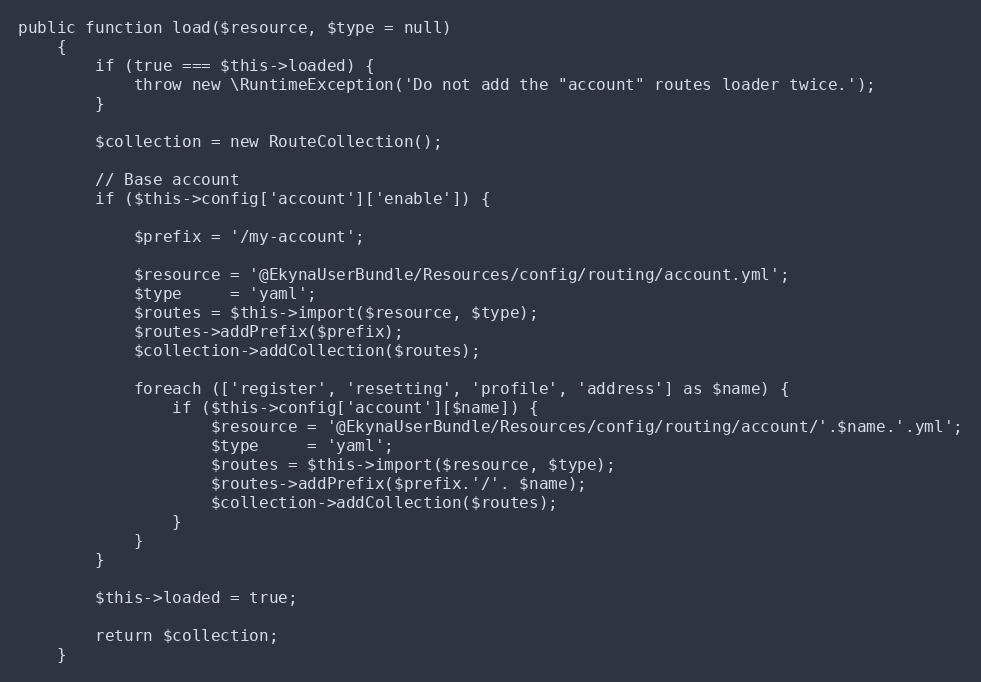
Language: PHP
public function load($resource, $type = null)
    {
        if (true === $this->loaded) {
            throw new \RuntimeException('Do not add the "account" routes loader twice.');
        }

        $collection = new RouteCollection();

        // Base account
        if ($this->config['account']['enable']) {

            $prefix = '/my-account';

            $resource = '@EkynaUserBundle/Resources/config/routing/account.yml';
            $type     = 'yaml';
            $routes = $this->import($resource, $type);
            $routes->addPrefix($prefix);
            $collection->addCollection($routes);

            foreach (['register', 'resetting', 'profile', 'address'] as $name) {
                if ($this->config['account'][$name]) {
                    $resource = '@EkynaUserBundle/Resources/config/routing/account/'.$name.'.yml';
                    $type     = 'yaml';
                    $routes = $this->import($resource, $type);
                    $routes->addPrefix($prefix.'/'. $name);
                    $collection->addCollection($routes);
                }
            }
        }

        $this->loaded = true;

        return $collection;
    }